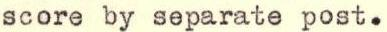
score by separate post.